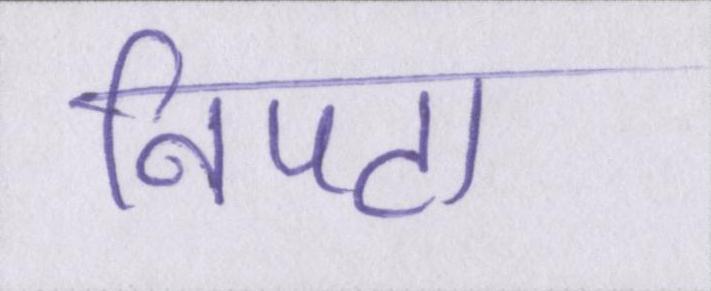
निपटा